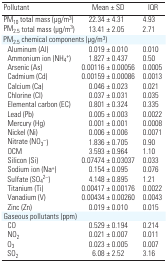
| Pollutant | Mean ± SD | IQR |
 | --- | --- | --- |
 | PM10 total mass (μg/m3) | 22.34 ± 4.31 | 4.93 |
 | PM2.5 total mass (μg/m3) | 13.41 ± 2.05 | 2.71 |
 | <COLSPAN=4> PM2.5 chemical components (μg/m3) |
 | Aluminum (Al) | 0.019 ± 0.010 | 0.010 |
 | Ammonium ion (NH4+) | 1.827 ± 0.437 | 0.50 |
 | Arsenic (As) | 0.00116 ± 0.00056 | 0.0005 |
 | Cadmium (Cd) | 0.00159 ± 0.00086 | 0.0013 |
 | Calcium (Ca) | 0.046 ± 0.023 | 0.021 |
 | Chlorine (Cl) | 0.037 ± 0.031 | 0.035 |
 | Elemental carbon (EC) | 0.801 ± 0.324 | 0.335 |
 | Lead (Pb) | 0.005 ± 0.003 | 0.0022 |
 | Mercury (Hg) | 0.001 ± 0.001 | 0.0008 |
 | Nickel (Ni) | 0.006 ± 0.006 | 0.0071 |
 | Nitrate (NO3–) | 1.836 ± 0.705 | 0.90 |
 | OCM | 3.593 ± 0.964 | 1.10 |
 | Silicon (Si) | 0.07474 ± 0.03037 | 0.033 |
 | Sodium ion (Na+) | 0.154 ± 0.095 | 0.076 |
 | Sulfate (SO42–) | 4.148 ± 0.895 | 1.21 |
 | Titanium (Ti) | 0.00417 ± 0.00176 | 0.0022 |
 | Vanadium (V) | 0.00434 ± 0.00260 | 0.0043 |
 | Zinc (Zn) | 0.019 ± 0.010 | 0.015 |
 | Gaseous pollutants (ppm) |
 | CO | 0.529 ± 0.194 | 0.214 |
 | NO2 | 0.021 ± 0.007 | 0.011 |
 | O3 | 0.023 ± 0.005 | 0.007 |
 | SO2 | 6.08 ± 2.52 | 3.16 |